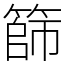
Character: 篩